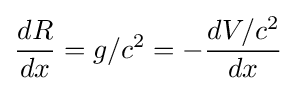
{dR \over dx}=g/c^{2}=-{dV/c^{2} \over dx}